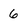
Character: 6